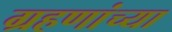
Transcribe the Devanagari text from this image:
ग्रहणांच्या